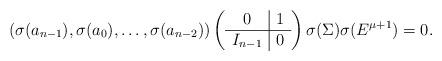
LaTeX: \begin{align*}(\sigma(a_{n-1}),\sigma(a_0),\ldots, \sigma(a_{n-2})) \left(\begin{array}{c|c} 0 & 1\\ \hline I_{n-1} & 0\end{array} \right) \sigma(\Sigma) \sigma(E^{\mu+1}) = 0.\end{align*}